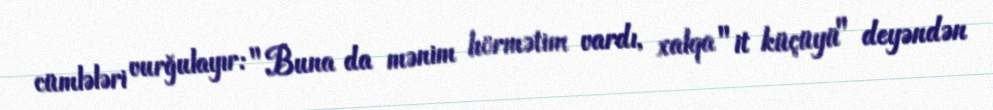
cümlələri vurğulayır: "Buna da mənim hörmətim vardı, xalqa "it küçüyü" deyəndən